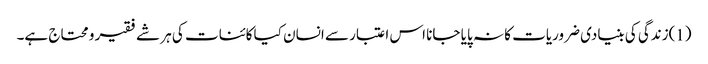
(1)زندگی کی بنیادی ضروریات کا نہ پایا جانا اس اعتبار سے انسان کیا کائنات کی ہر شے فقیر و محتاج ہے۔